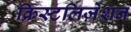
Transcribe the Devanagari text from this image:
क्रिस्टलिज़ेशन